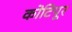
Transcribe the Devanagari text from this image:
कोटिपूर